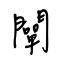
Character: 闡